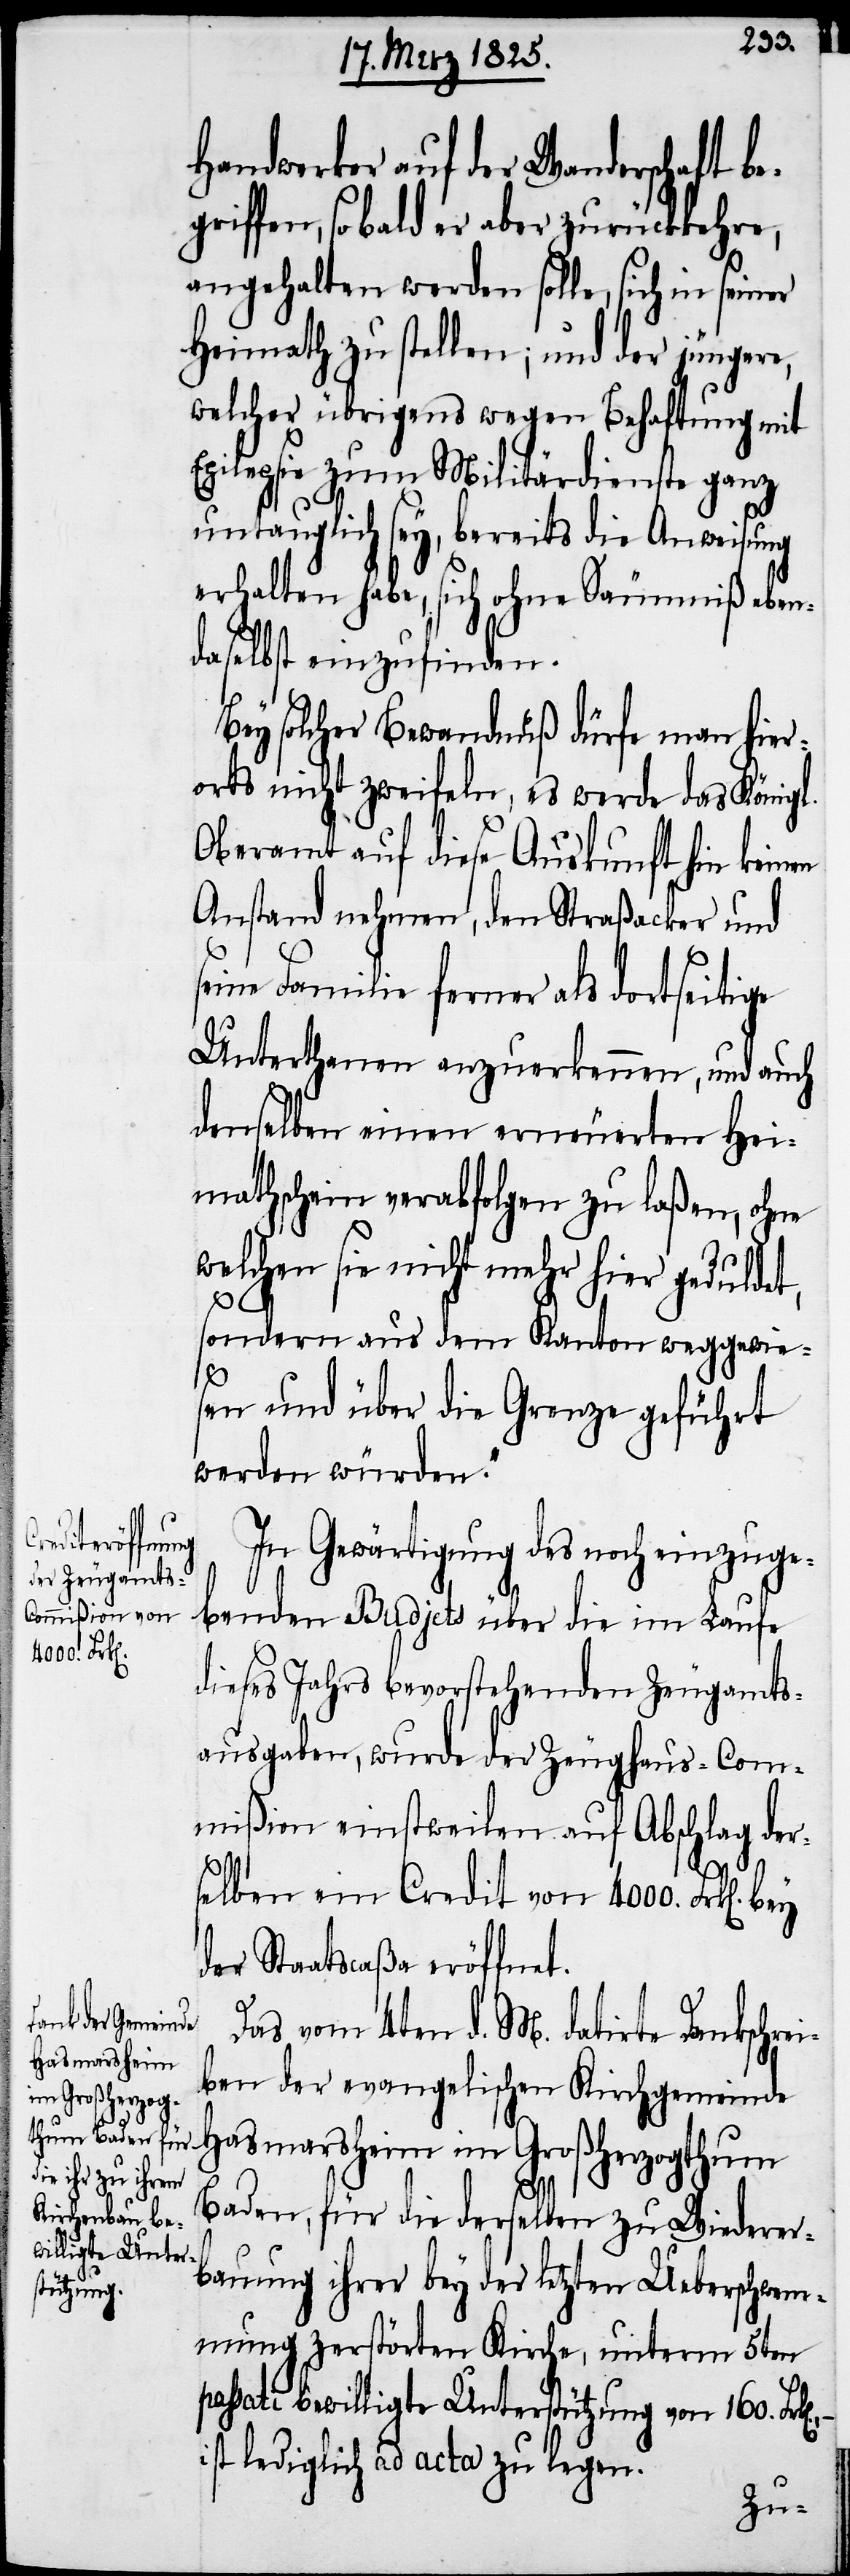
Handwerker auf der Wanderschaft be¬
griffen, sobald er aber zurückkehre,
angehalten werden solle, sich in seiner
Heimath zu stellen; und der jüngere,
welcher übrigens wegen Behaftung mit
Epilepsie zum Militärdienste ganz
untauglich sey, bereits die Anweisung
erhalten habe, sich ohne Säumniß eben¬
daselbst einzufinden.
Bey solcher Bewandnuß dürfe man hier¬
orts nicht zweifeln, es werde das Königl.
Oberamt auf diese Auskunft hin keinen
Anstand nehmen, den Straßacker und
seine Familie ferner als dortseitige
Unterthanen anzuerkennen, und auch
denselben einen erneuerten Hei¬
mathschein verabfolgen zu laßen, ohne
welchen sie nicht mehr hier geduldet,
sondern aus dem Kanton weggewie¬
sen und über die Grenze geführt
werden würden.“
In Gewärtigung des noch einzuge¬
benden Budjets über die im Laufe
dieses Jahrs bevorstehenden Zeugamts¬
ausgaben, wurde der Zeughaus-Com¬
mißion einstweilen auf Abschlag der¬
selben ein Credit von 4000. Frk[en].
der Staatscaßa eröffnet.
Das vom 4ten d. M. datirte Dankschre¬
iben der evangelischen Kirchgemeinde
Hasmarsheim im Großherzogthum
Baden, für die derselben zu Wiederer¬
bauung ihrer bey der letzten Ueberschwem¬
mung zerstörten Kirche, unterm 5ten
passati bewilligte Unterstützung von 160.
ist lediglich ad acta zu legen.